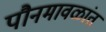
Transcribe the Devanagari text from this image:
पौनमावळांत